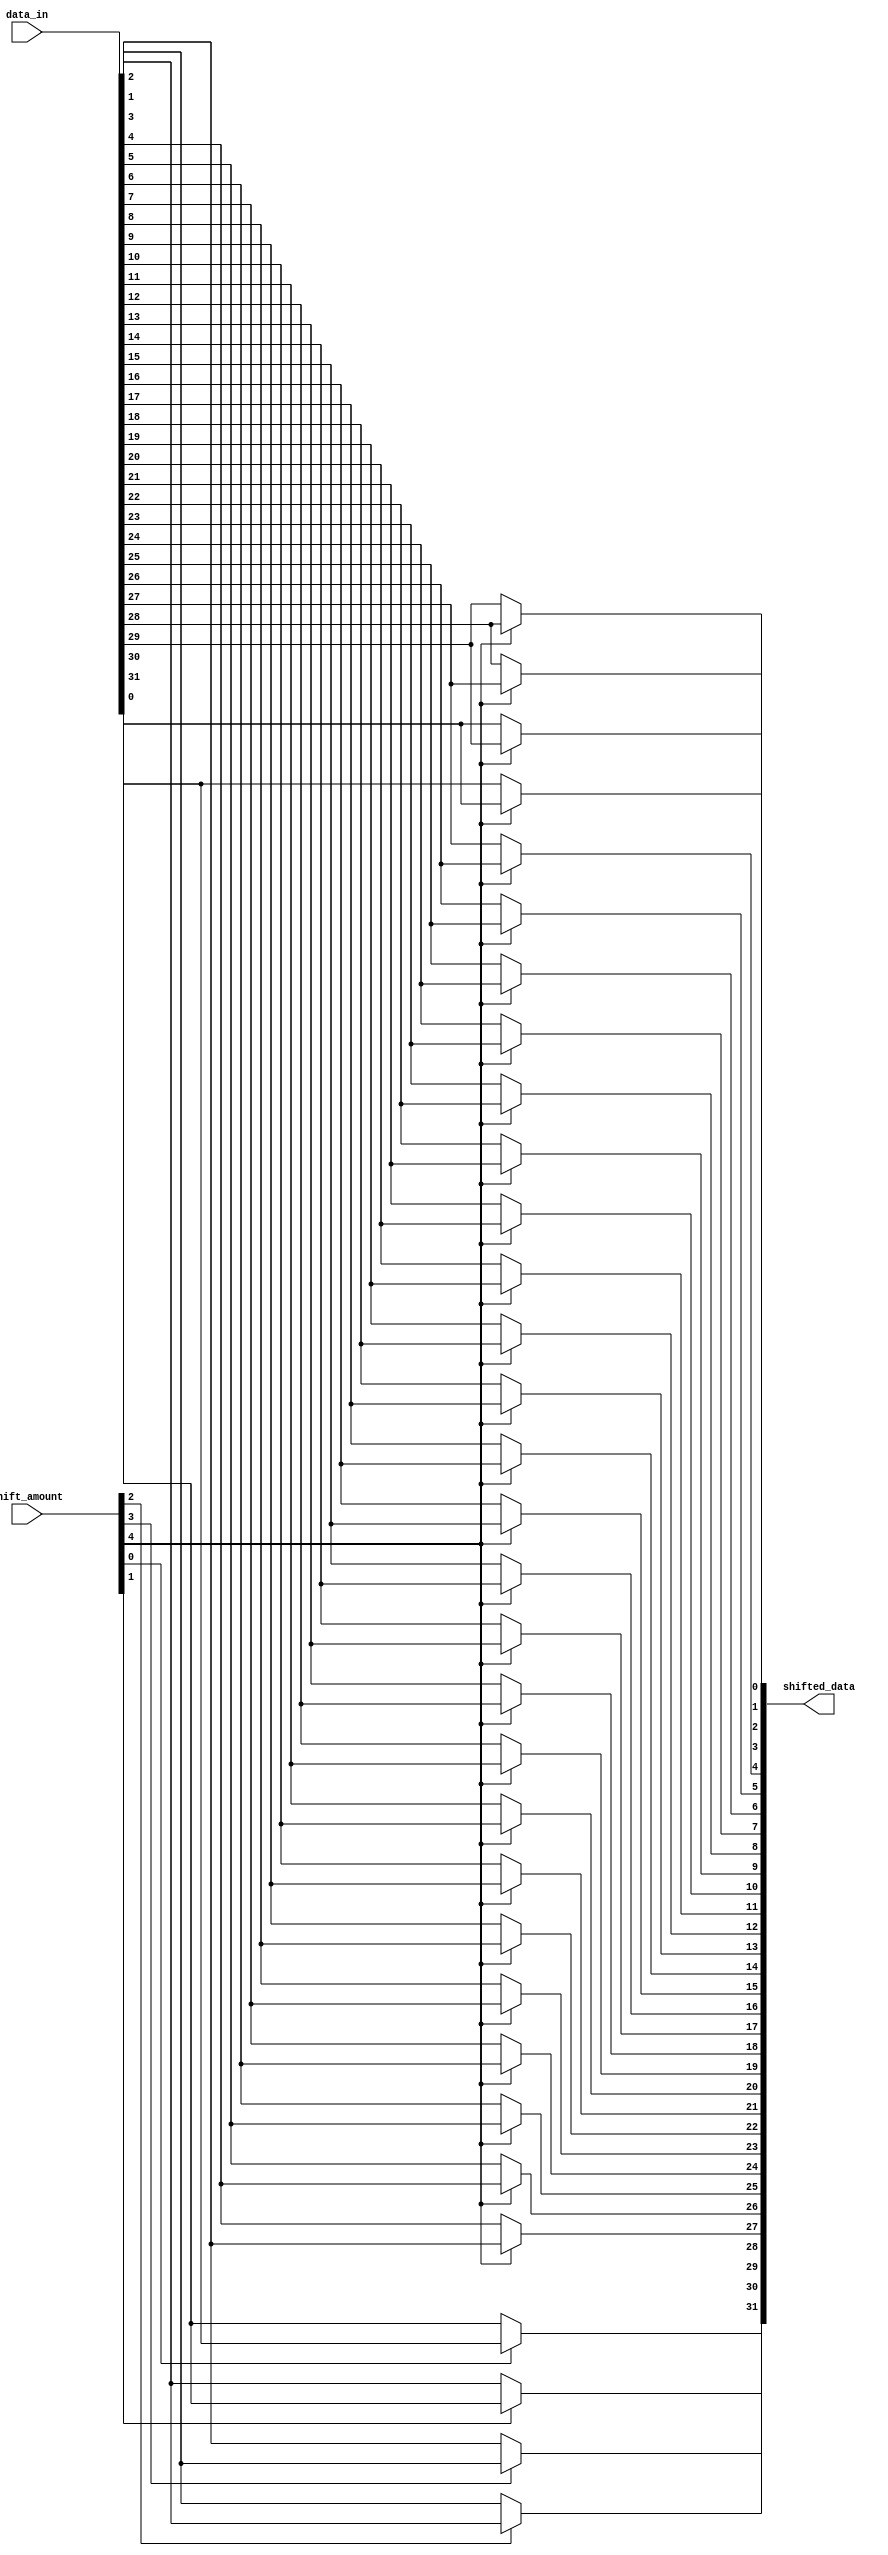
module data_dependent_left_shift (
    input [31:0] data_in,
    input [4:0] shift_amount,
    output [31:0] shifted_data
);

assign shifted_data = {
    (shift_amount[0]) ? data_in[31] : data_in[0],
    (shift_amount[1]) ? data_in[0] : data_in[1],
    (shift_amount[2]) ? data_in[1] : data_in[2],
    (shift_amount[3]) ? data_in[2] : data_in[3],
    (shift_amount[4]) ? data_in[3] : data_in[4],
    (shift_amount[4]) ? data_in[4] : data_in[5],
    (shift_amount[4]) ? data_in[5] : data_in[6],
    (shift_amount[4]) ? data_in[6] : data_in[7],
    (shift_amount[4]) ? data_in[7] : data_in[8],
    (shift_amount[4]) ? data_in[8] : data_in[9],
    (shift_amount[4]) ? data_in[9] : data_in[10],
    (shift_amount[4]) ? data_in[10] : data_in[11],
    (shift_amount[4]) ? data_in[11] : data_in[12],
    (shift_amount[4]) ? data_in[12] : data_in[13],
    (shift_amount[4]) ? data_in[13] : data_in[14],
    (shift_amount[4]) ? data_in[14] : data_in[15],
    (shift_amount[4]) ? data_in[15] : data_in[16],
    (shift_amount[4]) ? data_in[16] : data_in[17],
    (shift_amount[4]) ? data_in[17] : data_in[18],
    (shift_amount[4]) ? data_in[18] : data_in[19],
    (shift_amount[4]) ? data_in[19] : data_in[20],
    (shift_amount[4]) ? data_in[20] : data_in[21],
    (shift_amount[4]) ? data_in[21] : data_in[22],
    (shift_amount[4]) ? data_in[22] : data_in[23],
    (shift_amount[4]) ? data_in[23] : data_in[24],
    (shift_amount[4]) ? data_in[24] : data_in[25],
    (shift_amount[4]) ? data_in[25] : data_in[26],
    (shift_amount[4]) ? data_in[26] : data_in[27],
    (shift_amount[4]) ? data_in[27] : data_in[28],
    (shift_amount[4]) ? data_in[28] : data_in[29],
    (shift_amount[4]) ? data_in[29] : data_in[30],
    (shift_amount[4]) ? data_in[30] : data_in[31]
};

endmodule